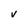
Character: v